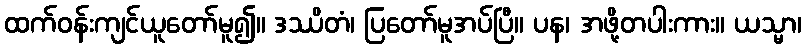
ထက်ဝန်းကျင်ယူတော်မူ၍။ ဒဿိတံ၊ ပြတော်မူအပ်ပြီ။ ပန၊ အဖို့တပါးကား။ ယသ္မာ၊